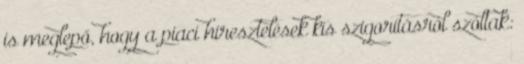
is meglepő, hogy a piaci híresztelések kis szigorításról szóltak: